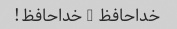
خداحافظ - خداحافظ!